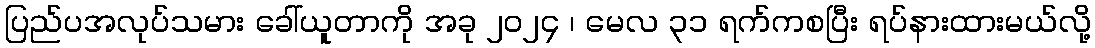
ပြည်ပအလုပ်သမား ခေါ်ယူတာကို အခု ၂၀၂၄ ၊ မေလ ၃၁ ရက်ကစပြီး ရပ်နားထားမယ်လို့